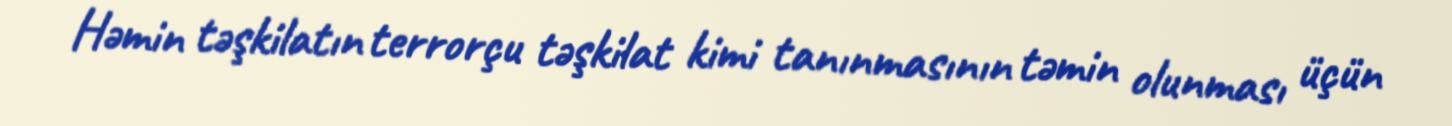
Həmin təşkilatın terrorçu təşkilat kimi tanınmasının təmin olunması üçün